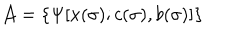
LaTeX: { \cal A } = \{ \Psi [ x ( \sigma ) ; c ( \sigma ) , b ( \sigma ) ] \}